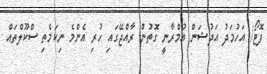
ފޮޓޯ/ އަހުމަދު އަދުޝަން އުމްރާނީ ގޮތުން ރާއްޖޭގައި ހުރި އެންމެ ނިކަމެތި ސްކޫލްތައް